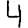
Digit: 4